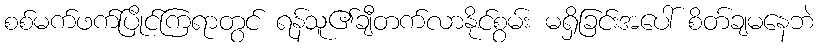
စစ်မက်ဖက်ပြိုင်ကြရာတွင် ရန်သူ၏ချီတက်လာနိုင်စွမ်း မရှိခြင်းအပေါ် စိတ်ချမနေဘဲ